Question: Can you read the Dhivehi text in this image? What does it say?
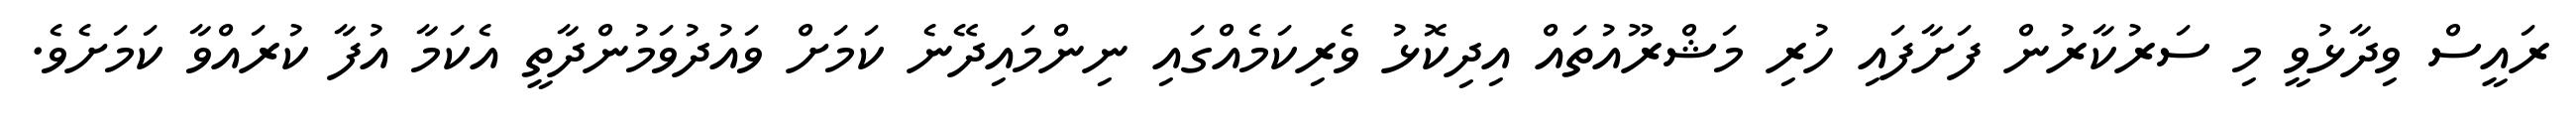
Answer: ރައީސް ވިދާޅުވީ މި ސަރުކާރުން ފަށާފައި ހުރި މަޝްރޫއުތައް އިދިކޮޅު ވެރިކަމެއްގައި ނިންމައިދޭނެ ކަމަށް ވައުދުވަމުންދާތީ އެކަމާ އުފާ ކުރައްވާ ކަމަށެވެ.